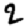
Digit: 2